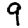
Digit: 9